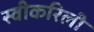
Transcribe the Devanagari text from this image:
स्वीकरिली